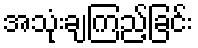
အသုံးချကြည့်ခြင်း